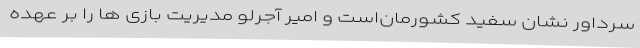
سرداور نشان سفید کشورمان‌است و امیر آجرلو مدیریت بازی ها را بر عهده